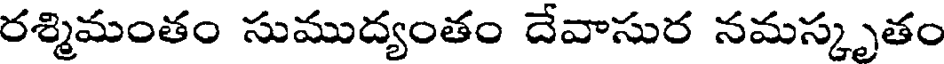
రశ్మిమంతం సుముద్యంతం దేవాసుర నమస్కృతం